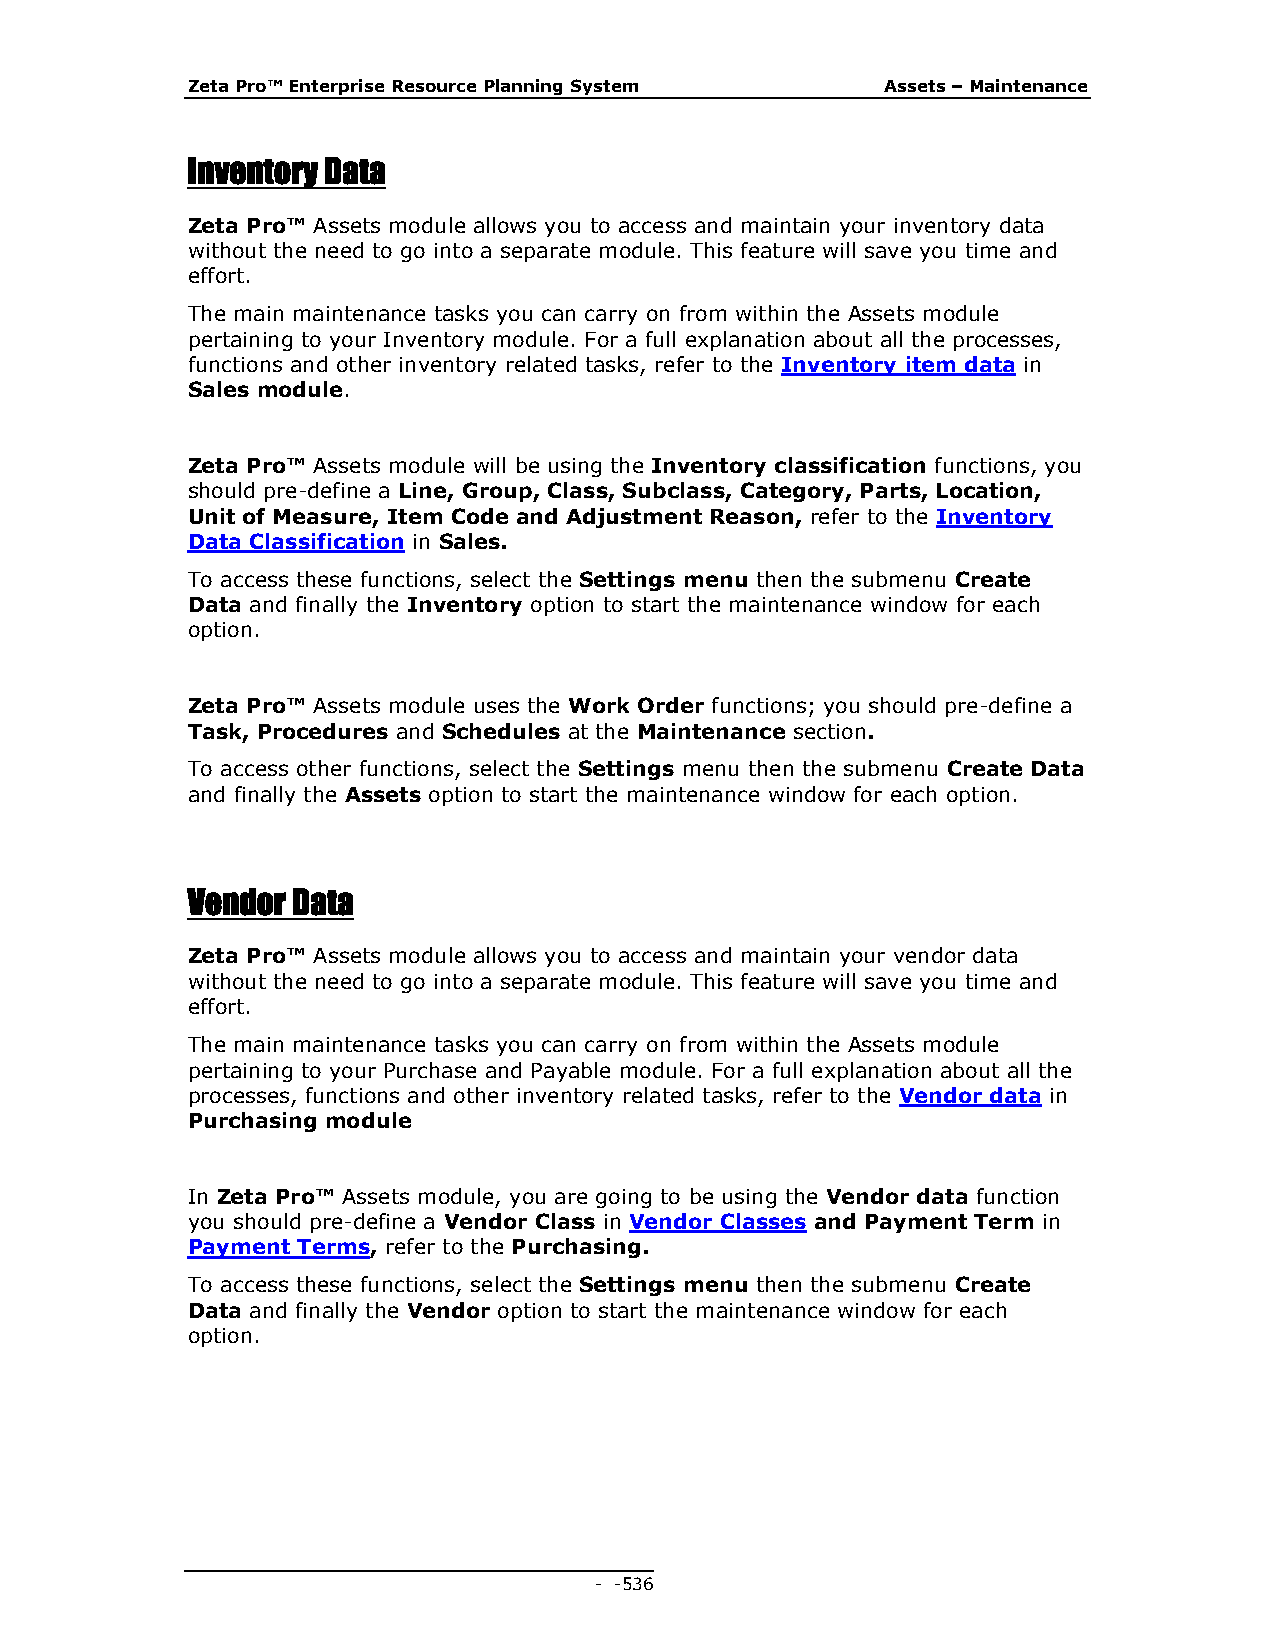
Zeta Pro™ Enterprise Resource Planning System  Assets – Maintenance
 Inventory Data
 Zeta Pro™ Assets module allows you to access and maintain your inventory data
 without the need to go into a separate module. This feature will save you time and
 effort.
 The main maintenance tasks you can carry on from within the Assets module
 pertaining to your Inventory module. For a full explanation about all the processes,
 functions and other inventory related tasks, refer to the Inventory item data in
 Sales module.
 Zeta Pro™ Assets module will be using the Inventory classification functions, you
 should pre-define a Line, Group, Class, Subclass, Category, Parts, Location,
 Unit of Measure, Item Code and Adjustment Reason, refer to the Inventory
 Data Classification in Sales.
 To access these functions, select the Settings menu then the submenu Create
 Data and finally the Inventory option to start the maintenance window for each
 option.
 Zeta Pro™ Assets module uses the Work Order functions; you should pre-define a
 Task, Procedures and Schedules at the Maintenance section.
 To access other functions, select the Settings menu then the submenu Create Data
 and finally the Assets option to start the maintenance window for each option.
 Vendor Data
 Zeta Pro™ Assets module allows you to access and maintain your vendor data
 without the need to go into a separate module. This feature will save you time and
 effort.
 The main maintenance tasks you can carry on from within the Assets module
 pertaining to your Purchase and Payable module. For a full explanation about all the
 processes, functions and other inventory related tasks, refer to the Vendor data in
 Purchasing module
 In Zeta Pro™ Assets module, you are going to be using the Vendor data function
 you should pre-define a Vendor Class in Vendor Classes and Payment Term in
 Payment Terms, refer to the Purchasing.
 To access these functions, select the Settings menu then the submenu Create
 Data and finally the Vendor option to start the maintenance window for each
 option.
 - - 536